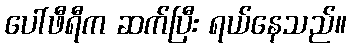
ပေါ်ဖီရီက ဆက်ပြီး ရယ်နေသည်။